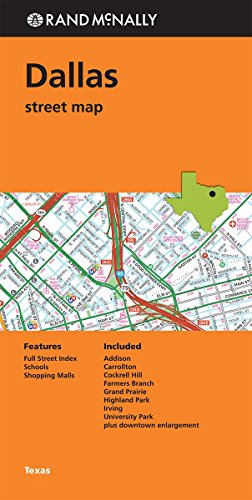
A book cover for Rand McNally: Folded Map: Dallas Street Map; Rand McNally; Travel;